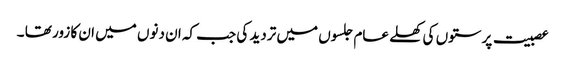
عصبیت پرستوں کی کھلے عام جلسوں میں تردید کی جب کہ ان دنوں میں ان کا زور تھا ۔